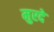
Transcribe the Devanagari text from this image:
मुरदे